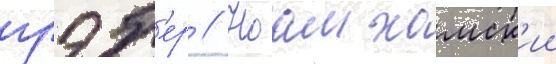
грэб'ер // Ноам хомск'ии